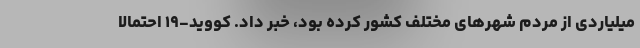
میلیاردی از مردم شهرهای مختلف کشور کرده بود، خبر داد. کووید-۱۹ احتمالا